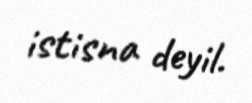
istisna deyil.